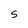
Character: S